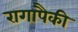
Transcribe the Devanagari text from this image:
रागांपैकी